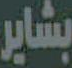
بشاير